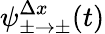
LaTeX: \psi_{\pm\to\pm}^{\Delta x}(t)